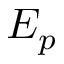
E _ { p }